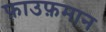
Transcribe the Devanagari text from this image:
फ़ाउफ़मान